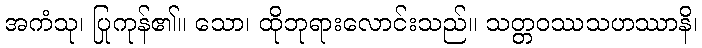
အကံသု၊ ပြုကုန်၏။ သော၊ ထိုဘုရားလောင်းသည်။ သတ္တဝဿသဟဿာနိ၊